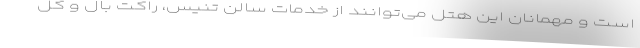
است و مهمانان این هتل می‌توانند از خدمات سالن تنیس، راکت بال و کل